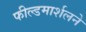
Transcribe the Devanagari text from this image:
फील्डमार्शलने